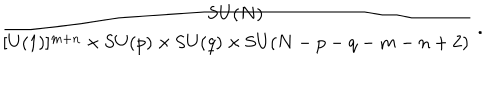
LaTeX: { \frac { \mathrm { S U } ( N ) } { [ \mathrm { U } ( 1 ) ] ^ { m + n } \times \mathrm { S U } ( p ) \times \mathrm { S U } ( q ) \times \mathrm { S U } ( N - p - q - m - n + 2 ) } } \; .